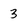
Character: 3